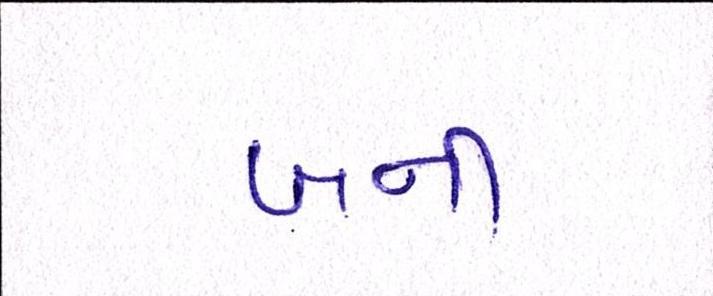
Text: બની